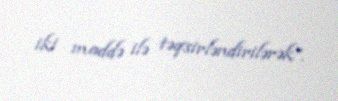
iki maddə ilə təqsirləndirilərək”.